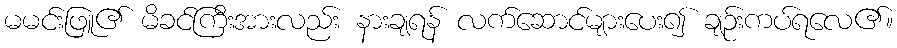
မမင်းဖြူ၏ မိခင်ကြီးအားလည်း နားချရန် လက်ဆောင်များပေး၍ ချဉ်းကပ်ရလေ၏။